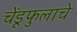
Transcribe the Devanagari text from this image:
चेंडूफुलाचे